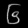
Digit: ၆